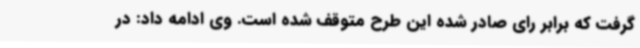
گرفت که برابر رای صادر شده این طرح متوقف شده است. وی ادامه داد: در